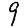
Digit: 9